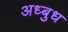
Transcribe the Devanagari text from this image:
अध्बुध